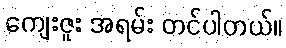
ကျေးဇူး အရမ်း တင်ပါတယ်။